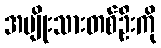
အမျိုးသားတစ်ဦးကို